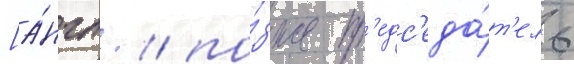
[а́нгл. / по́зже пр'едс'еда́т'ель